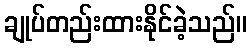
ချုပ်တည်းထားနိုင်ခဲ့သည်။